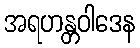
အရဟန္တဝါဒေန